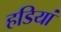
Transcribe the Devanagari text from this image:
हडियां